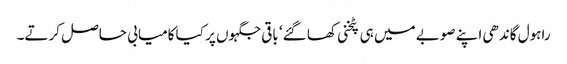
راہول گاندھی اپنے صوبے میں ہی پٹخنی کھا گئے‘ باقی جگہوں پر کیا کامیابی حاصل کرتے۔